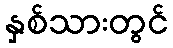
နှစ်သားတွင်